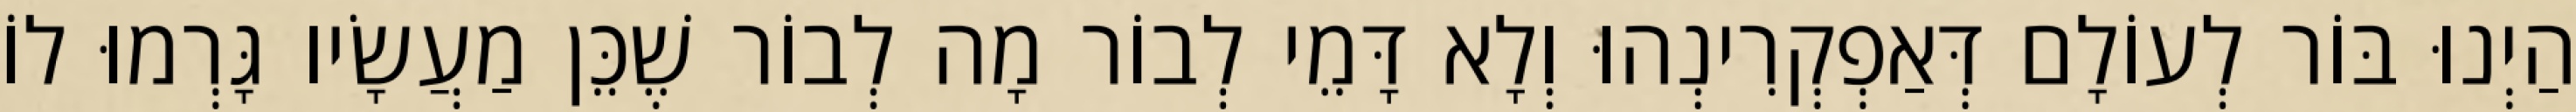
הַיְנוּ בּוֹר לְעוֹלָם דְּאַפְקְרִינְהוּ וְלָא דָּמֵי לְבוֹר מָה לְבוֹר שֶׁכֵּן מַעֲשָׂיו גָּרְמוּ לוֹ